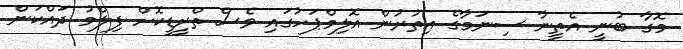
މޮގާ ބުނީ އެތީނާ ސިނަމާގެ އިތުރުން އޮލިމްޕަހުގައި ވެސް ތްރީޑީކޮށް ފިލްމު ދައްކަން